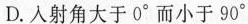
D.入射角大于0^{\circ}而小于90^{\circ}